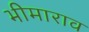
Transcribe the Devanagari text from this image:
भीमाराव